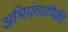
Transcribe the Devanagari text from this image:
अभियंत्यांपैकी